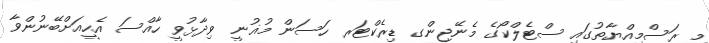
މި ރަސްމިއްޔާތުގައި ސްޓެލްކޯގެ މެނޭޖިންގ ޑިރެކްޓަރ ހަސަން މުޣުނީ ވިދާޅުވީ ހާއްސަ އެހީއަށްބޭނުންވާ